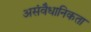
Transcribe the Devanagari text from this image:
असंवैधानिकता